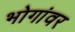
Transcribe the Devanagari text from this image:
भोगांवर